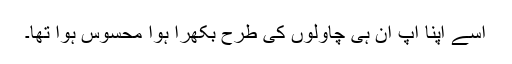
اسے اپنا آپ ان ہی چاولوں کی طرح بکھرا ہوا محسوس ہوا تھا۔